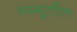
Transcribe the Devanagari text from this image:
जम्मूतील